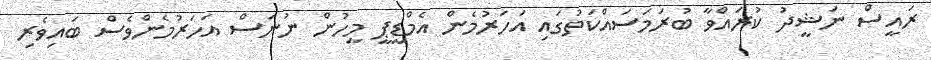
ރައީސް ނަޝީދު ކުރައްވާ ބުރަމަސައްކަތުގައި އަހަރުމެން އެމްޑީޕީ މީހުން ނުނަސް އަހަރުމެންވެސް ބައިވެރި